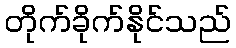
တိုက်ခိုက်နိုင်သည်